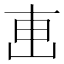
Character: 𠦟